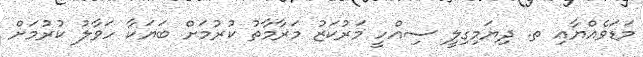
މަޑަވެއްޔާއި ތ. ދިޔަމިގިލީ ސިއްހީ މަރުކަޒު މަރާމާތު ކުރުމަށް ބަޔަކާ ހަވާލު ކުރުމަށް